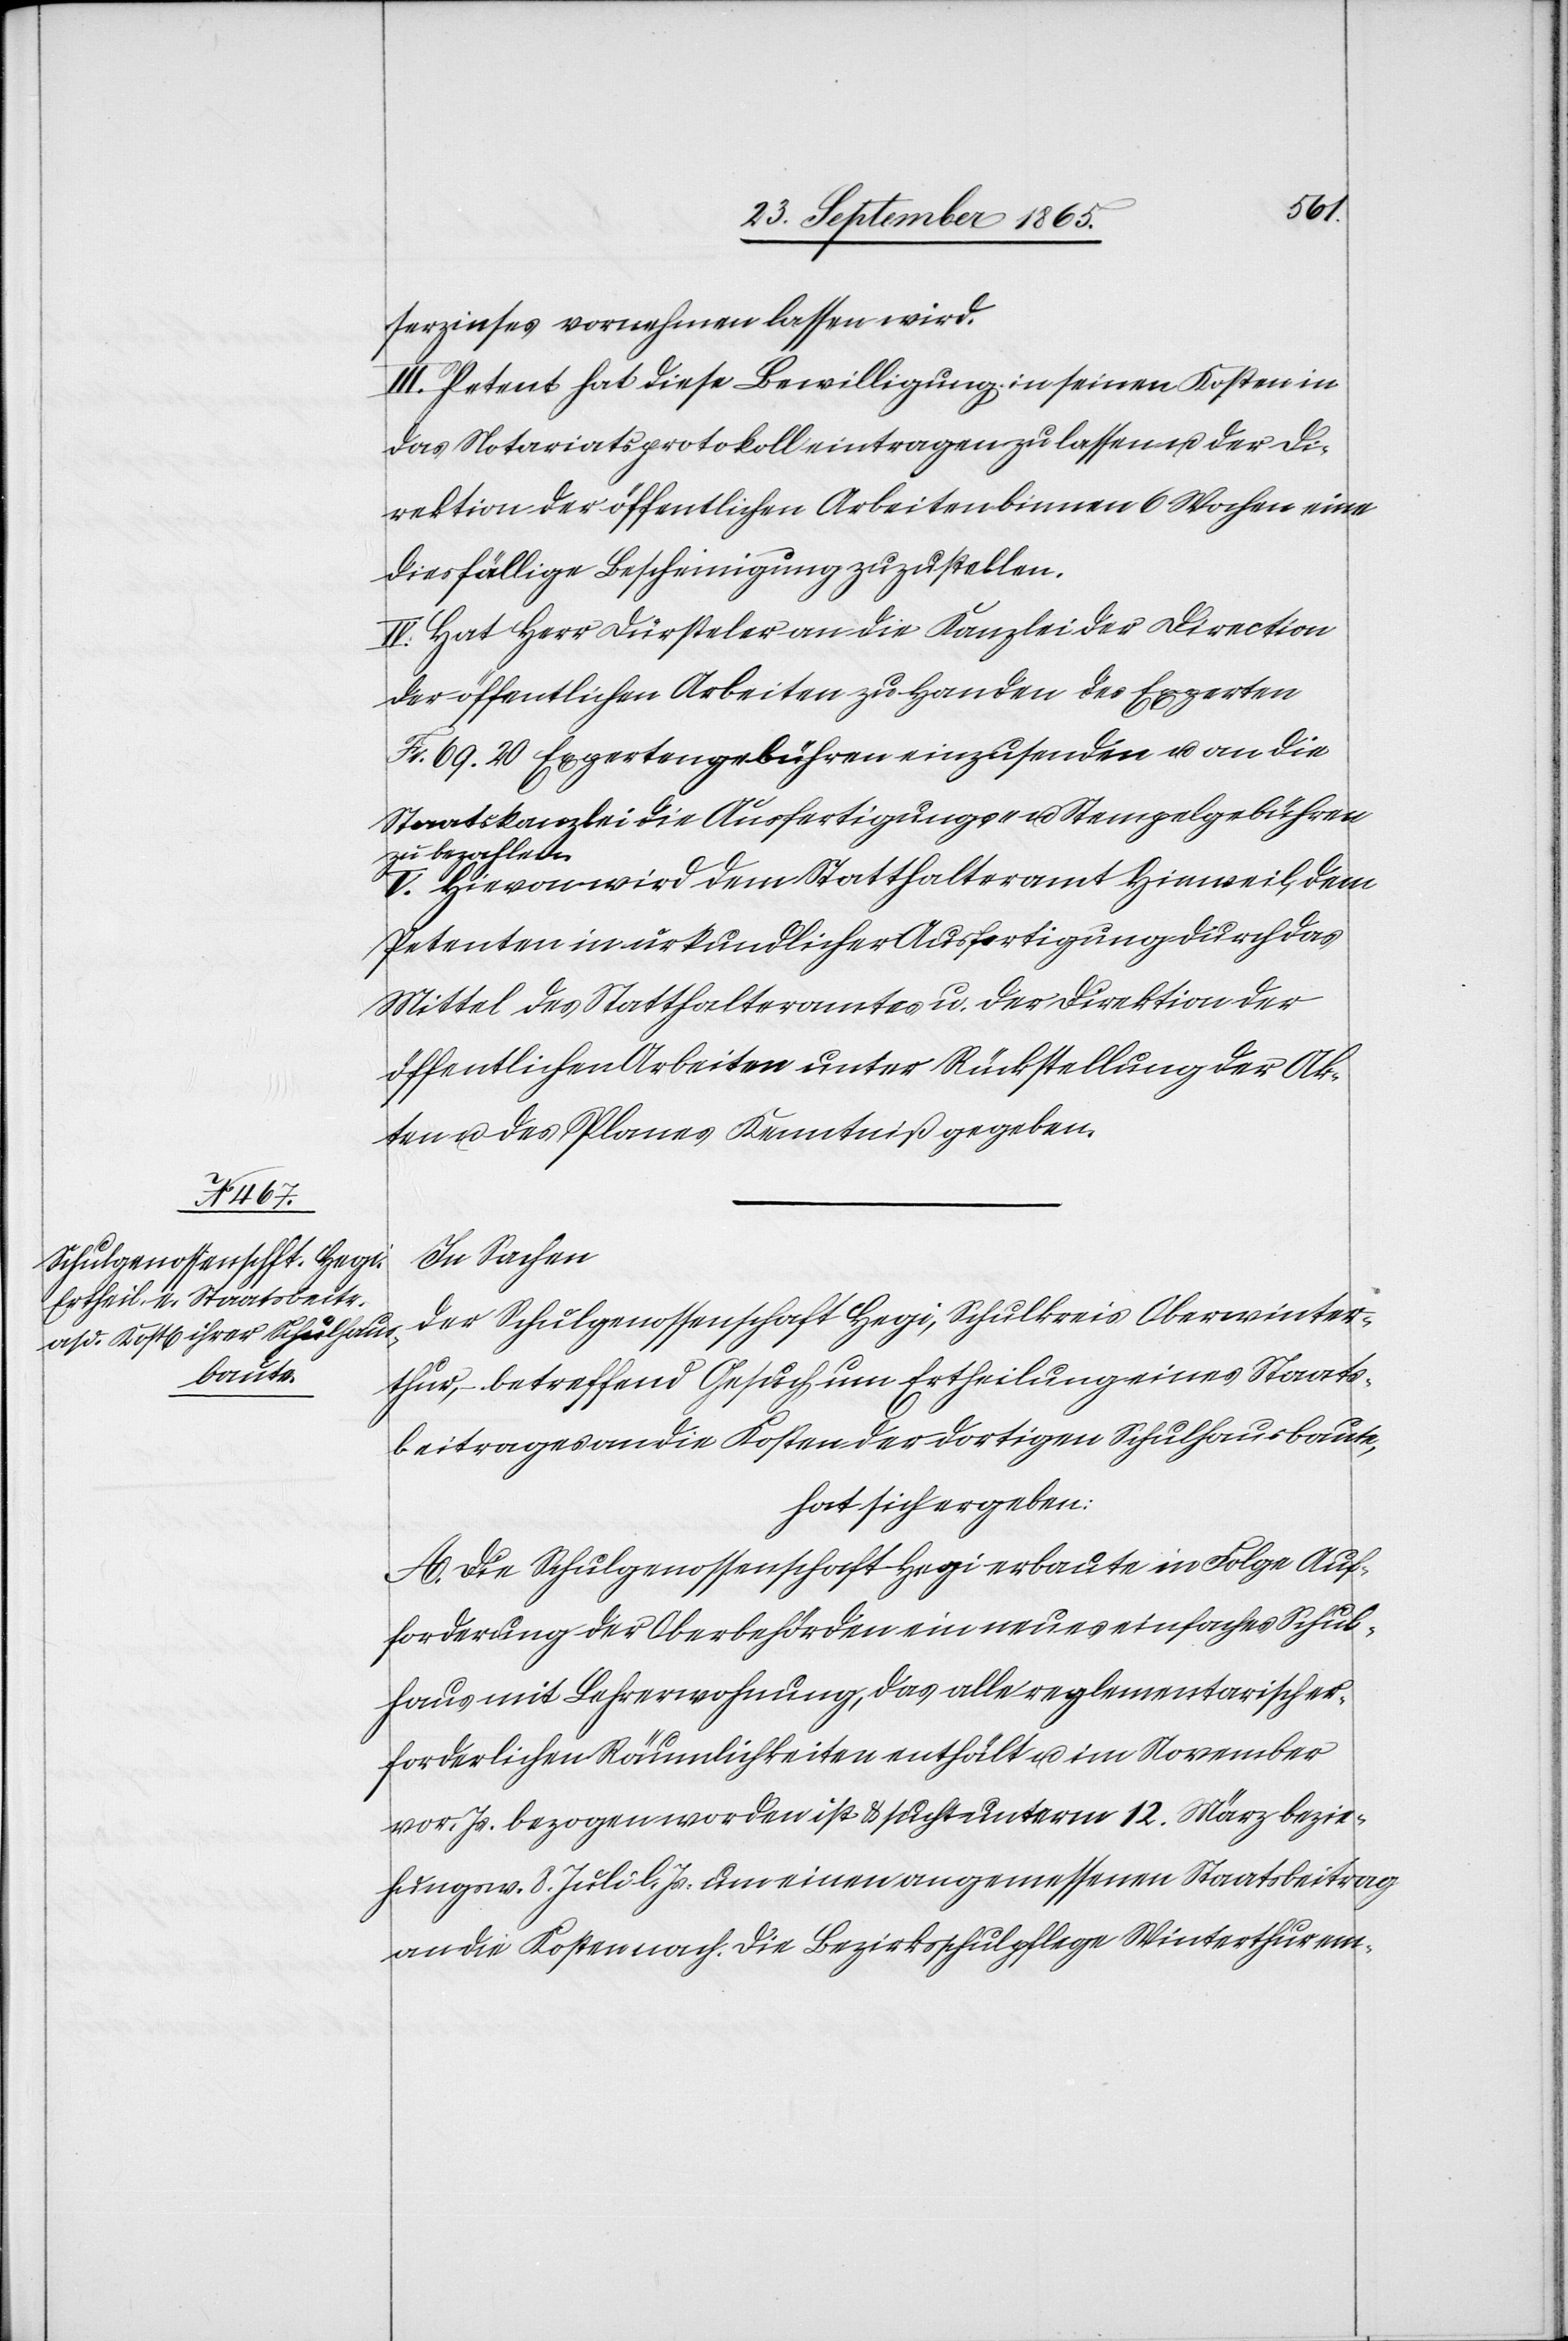
serzinses vornehmen lassen wird.
III. Petent hat diese Bewilligung in seinen Kosten in
das Notariatsprotokoll eintragen zu lassen u. der Di¬
rektion der öffentlichen Arbeiten binnen 6 Wochen eine
diesfällige Bescheinigung zuzustellen.
IV. Hat Herr Dürsteler an die Kanzlei der Direction
der öffentlichen Arbeiten zu Handen des Experten
Fr. 69. 20 Expertengebühren einzusenden u. an die
Staatskanzlei die Ausfertigungs- u. Stempelgebühren
bezahlen.
V. Hievon wird dem Statthalteramt Hinweil, dem
Petenten in urkundlicher Ausfertigung durch das
Mittel des Statthalteramtes u. der Direktion der
öffentlichen Arbeiten unter Rückstellung der Ak¬
ten u. des Planes Kenntniß gegeben.
In Sachen
der Schulgenossenschaft Hegi, Schulkreis Oberwinter¬
thur, betreffend Gesuch um Ertheilung eines Staats¬
beitrages an die Kosten der dortigen Schulhausbaute,
hat sich ergeben:
A. Die Schulgenossenschaft Hegi erbaute in Folge Auf¬
forderung der Oberbehörden ein neues einfaches Schul¬
haus mit Lehrerwohnung, das alle reglementarisch er¬
forderlichen Räumlichkeiten enthält u. im November
vor. Js. bezogen worden ist & sucht unterm 12. März bezie¬
hungsw. 8. Juli l. Js. um einen angemessenen Staatsbeitrag
an die Kosten nach. Die Bezirksschulpflege Winterthur em-